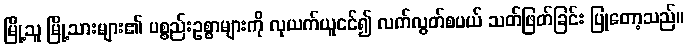
မြို့သူ မြို့သားများ၏ ပစ္စည်းဥစ္စာများကို လုယက်ယူငင်၍ လက်လွတ်စပယ် သတ်ဖြတ်ခြင်း ပြုတော့သည်။